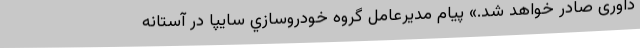
داوری صادر خواهد شد.» پيام مديرعامل گروه خودروسازي سايپا در آستانه